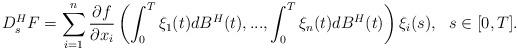
LaTeX: \begin{align*} D_{s}^{H}F = \sum\limits_{i=1}^{n} \frac{\partial f}{\partial x_{i}} \left(\int_0^T \xi_{1}(t) dB^{H}(t),...,\int_0^T \xi_{n}(t) dB^{H}(t) \right)\xi_{i}(s), \ \ s\in [0,T].\end{align*}